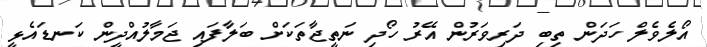
އޯލެވެލް ހަދަން ތިބި ދަރިވަރުން އޭރު ހޯދި ނަތީޖާތަކަށް ބަލާފައި ޖަމާލުއްދީން ކަނޑައެޅީ